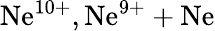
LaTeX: \mathrm{Ne^{10+},Ne^{9+}+Ne}